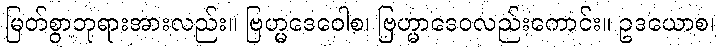
မြတ်စွာဘုရားအားလည်း။ ဗြဟ္မဒေဝေါစ၊ ဗြဟ္မာဒေဝလည်းကောင်း။ ဥဒယောစ၊